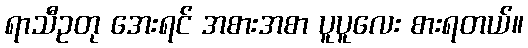
ရာသီဥတု အေးရင် အစားအစာ ပူပူလေး စားရတယ်။